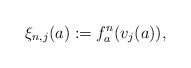
\begin{align*}\xi_{n,j}(a):=f_{a}^{n}(v_j(a)),\end{align*}